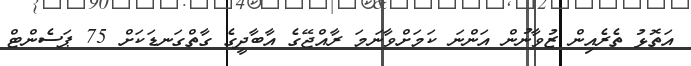
އަތޮޅު ތެރެއިން ޒުވާނުން އަންނަ ކަމަށްވާނަމަ ރާއްޖޭގެ އާބާދީގެ ގާތްގަނޑަކަށް 75 ޕަސެންޓް